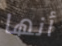
أنها